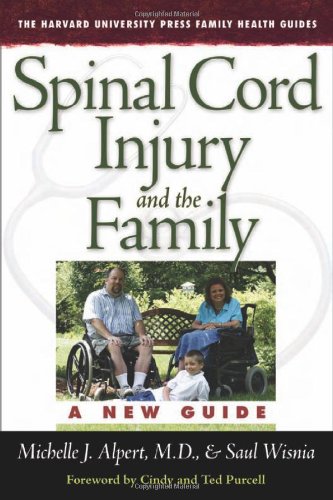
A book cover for Spinal Cord Injury and the Family: A New Guide (The Harvard University Press Family Health Guides); Michelle J. Alpert M.D.; Health, Fitness & Dieting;